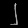
Digit: ၂